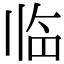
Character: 临